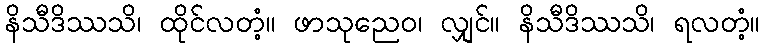
နိသီဒိဿသိ၊ ထိုင်လတံ့။ ဖာသုညေဝ၊ လျှင်။ နိသီဒိဿသိ၊ ရလတံ့။